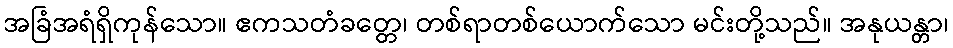
အခြံအရံရှိကုန်သော။ ဧကသတံခတ္တေ၊ တစ်ရာတစ်ယောက်သော မင်းတို့သည်။ အနုယန္တာ၊